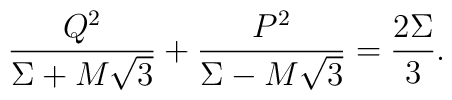
{Q^2\over\Sigma+M\sqrt{3}} + {P^2\over\Sigma-M\sqrt{3}} = {2\Sigma\over 3}.